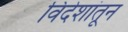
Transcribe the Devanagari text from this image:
विदेशांतून